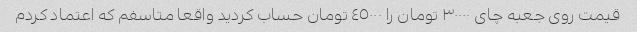
قیمت روی جعبه چای ٣٠٠٠٠ تومان را ٤٥٠٠٠ تومان حساب کردید واقعا متاسفم که اعتماد کردم